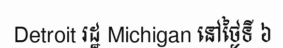
Detroit រដ្ឋ Michigan នៅថ្ងៃទី ៦